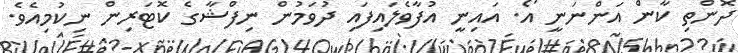
ދޮންތި ކާން އަންނަނީ އޯ. އައިނީ އުފާވެލައިފައި ދުވަމުން ނިފްޝާގެ ކޮޓަރިން ނިކުމިއެވެ.